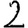
Digit: 2